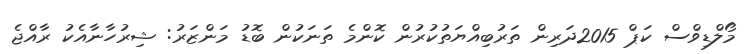
މޯލްޑިވްސް ކަޕް 2015ދަރިން ތަރުބިއްޔަތުކުރުން ކޮންމެ ތަނަކުން ބޮޑު މަންޒަރު: ޝިރުހާނާއެކު ރާއްޖެ